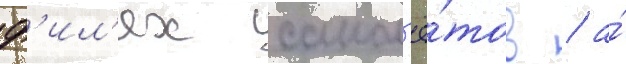
ф'ил'ях самол'ё́тов / а́